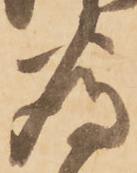
為